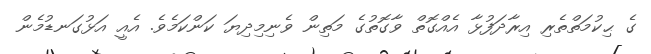
ގެ ޙިކުމަތްތެރި އިރާދަފުޅާ އެއްގޮތް ވާގޮތުގެ މަތިން ވެނިމިދިޔަ ކަންކަމެވެ. އެއީ އަޅުގަނޑުމެން